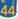
44